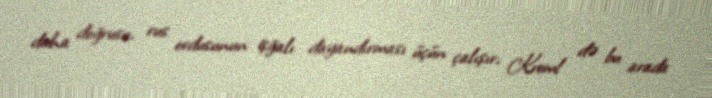
daha doğrusu, rus ordusunun işğalı dayandırması üçün çalışır, Kreml də bu arada